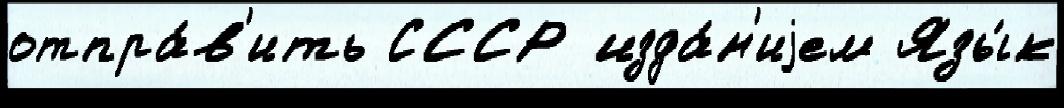
отпра́в'ить СССР изда́н'иjем Язы́к